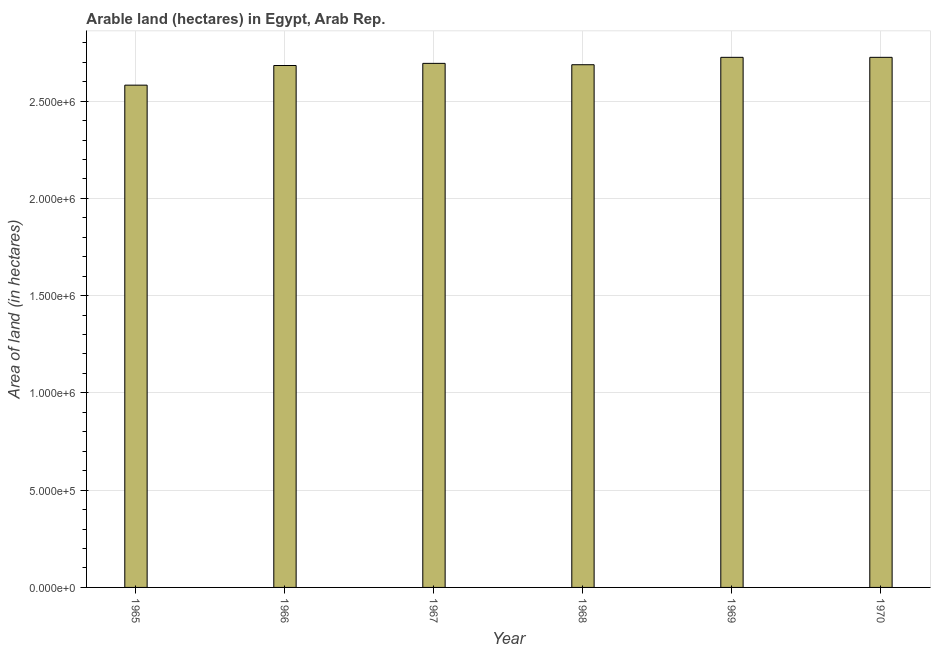
| Year | Area of land |
 | --- | --- |
 | 1965 | 2.58e+06 |
 | 1966 | 2.68e+06 |
 | 1967 | 2.69e+06 |
 | 1968 | 2.69e+06 |
 | 1969 | 2.72e+06 |
 | 1970 | 2.72e+06 |